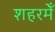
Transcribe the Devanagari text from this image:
शहरमेँ